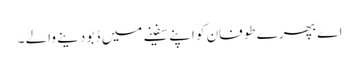
اے بھپرے طوفان کو اپنے سفینے میں ڈبو دینے والے ۔